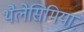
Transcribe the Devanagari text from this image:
थैलेसिमिया